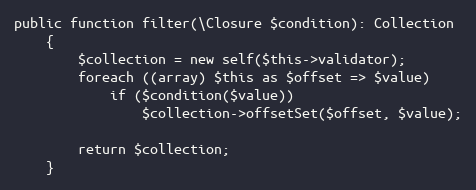
Language: PHP
public function filter(\Closure $condition): Collection
	{
		$collection = new self($this->validator);
		foreach ((array) $this as $offset => $value)
			if ($condition($value))
				$collection->offsetSet($offset, $value);

		return $collection;
	}